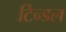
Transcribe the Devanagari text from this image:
टिन्डल